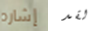
إشاره لقد